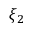
\xi _ { 2 }